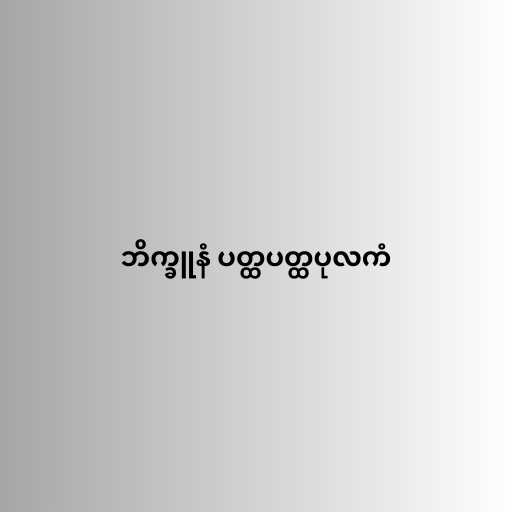
ဘိက္ခူနံ ပတ္ထပတ္ထပုလကံ